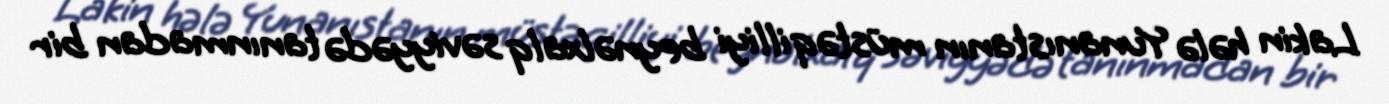
Lakin hələ Yunanıstanın müstəqilliyi beynəlxalq səviyyədə tanınmadan bir